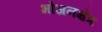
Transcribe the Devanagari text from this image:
भोजनक्षेत्र